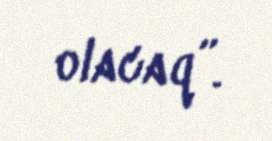
olacaq”.